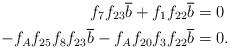
LaTeX: \begin{align*}f_7f_{23}\overline{b} + f_1f_{22}\overline{b} &= 0 \\-f_Af_{25}f_8f_{23}\overline{b} - f_Af_{20}f_3f_{22}\overline{b} &= 0. \end{align*}